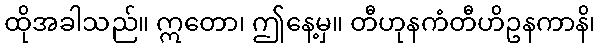
ထိုအခါသည်။ ဣတော၊ ဤနေ့မှ။ တီဟုနကံတီဟိဥနကာနိ၊